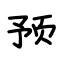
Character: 预